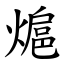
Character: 熩